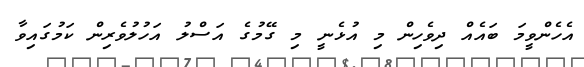
އެހެންވީމަ ބައެއް ދިވެހިން މި އުޅެނީ މި ގޭމުގެ އަސްލު އަހުލުވެރިން ކަމުގައިވާ